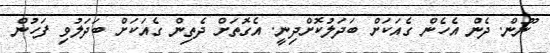
ނޫން. ދެން އެހެން ގެއަކަށް ބަދަލުކޮށްދިނީ. އެގޮތަށް ދެތިން ގެއަކަށް ބަދަލުވި ފަހުން